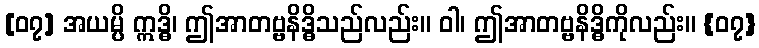
[၀၇] အယမ္ပိ ဣဒ္ဓိ၊ ဤအာတဗ္ဗနိဒ္ဓိသည်လည်း။ ဝါ၊ ဤအာတဗ္ဗနိဒ္ဓိကိုလည်း။ {၀၇}